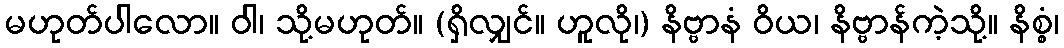
မဟုတ်ပါလော။ ဝါ၊ သို့မဟုတ်။ (ရှိလျှင်။ ဟူလို၊) နိဗ္ဗာနံ ဝိယ၊ နိဗ္ဗာန်ကဲ့သို့။ နိစ္စံ၊